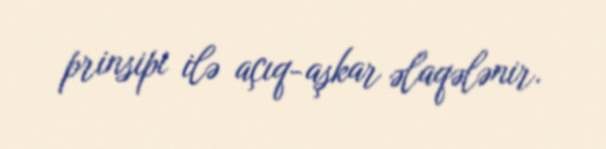
prinsipi ilə açıq-aşkar əlaqələnir.